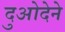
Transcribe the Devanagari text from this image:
दुओदेने